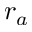
r _ { a }